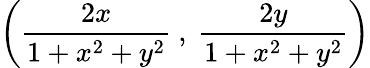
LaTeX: \left({\frac{2x}{1+x^{2}+y^{2}}}\ ,\ {\frac{2y}{1+x^{2}+y^{2}}}\right)